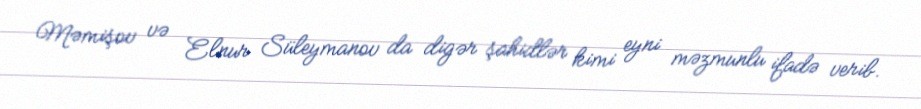
Məmişov və Elnur Süleymanov da digər şahidlər kimi eyni məzmunlu ifadə verib.